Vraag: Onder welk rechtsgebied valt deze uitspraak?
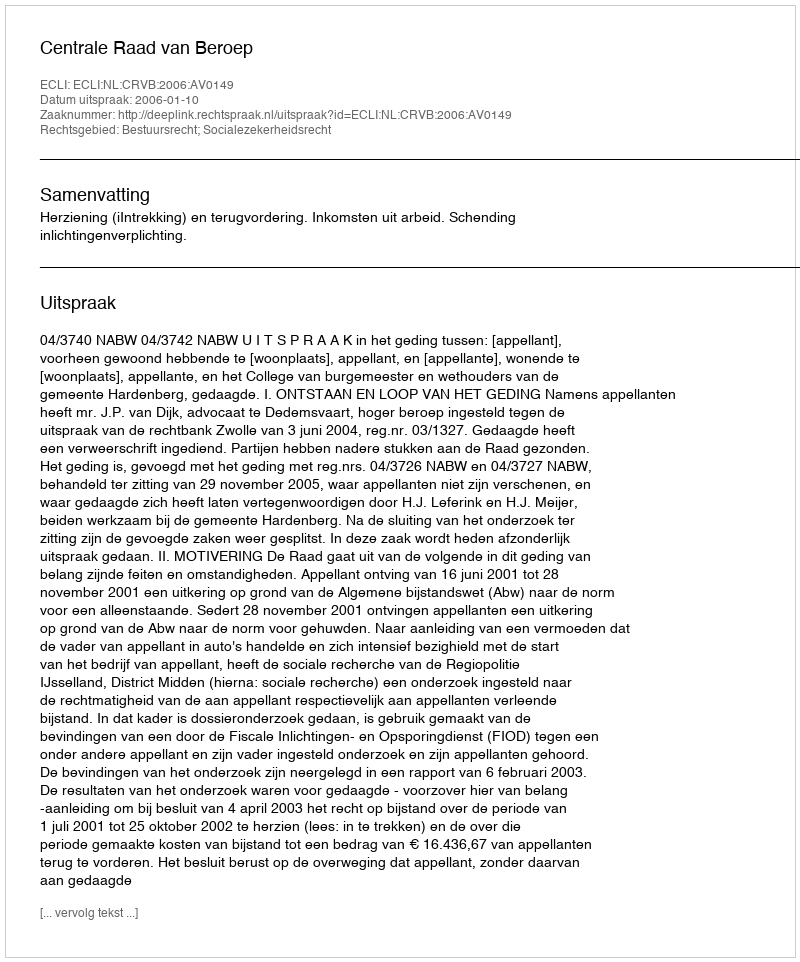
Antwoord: Bestuursrecht; Socialezekerheidsrecht